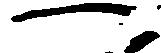
へ